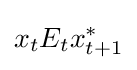
x_{t}E_{t}x_{t+1}^{*}